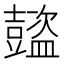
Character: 𧰕